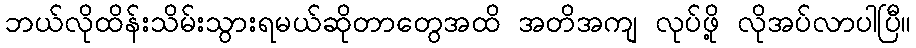
ဘယ်လိုထိန်းသိမ်းသွားရမယ်ဆိုတာတွေအထိ အတိအကျ လုပ်ဖို့ လိုအပ်လာပါပြီ။